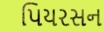
પિયરસન